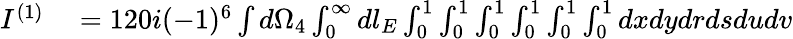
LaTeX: \begin{array}{rl}{I^{(1)}}&{{}=120i(-1)^{6}\int d\Omega_{4}\int_{0}^{\infty}dl_{E}\int_{0}^{1}\int_{0}^{1}\int_{0}^{1}\int_{0}^{1}\int_{0}^{1}\int_{0}^{1}dxdydrdsdudv}\end{array}